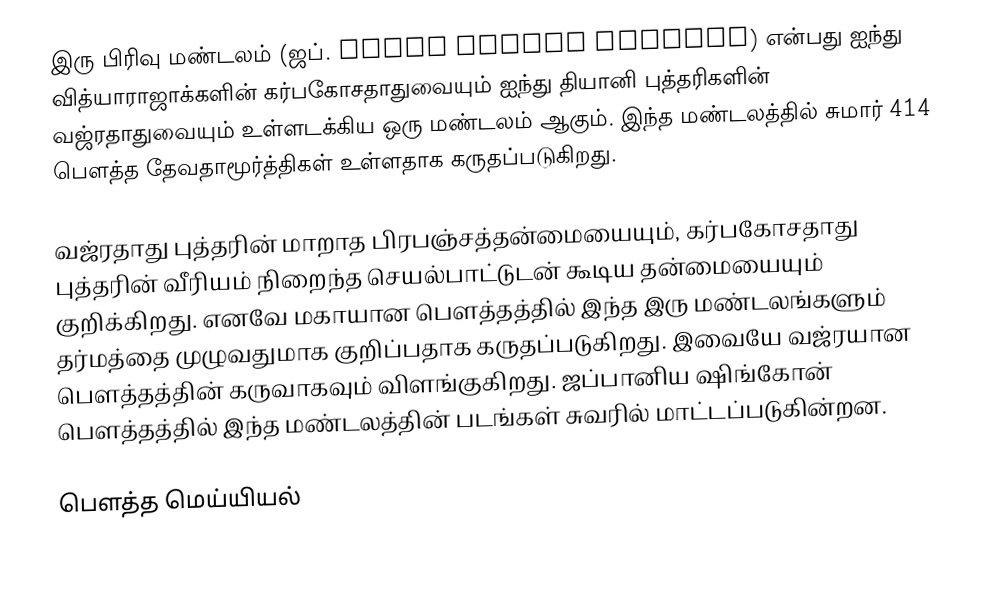
இரு பிரிவு மண்டலம் (ஜப். 両界曼荼羅 Ryōkai mandara) என்பது  ஐந்து வித்யாராஜாக்களின் கர்பகோசதாதுவையும் ஐந்து தியானி புத்தரிகளின் வஜ்ரதாதுவையும் உள்ளடக்கிய ஒரு மண்டலம் ஆகும். இந்த மண்டலத்தில் சுமார் 414 பௌத்த தேவதாமூர்த்திகள் உள்ளதாக கருதப்படுகிறது.

வஜ்ரதாது புத்தரின் மாறாத பிரபஞ்சத்தன்மையையும், கர்பகோசதாது புத்தரின் வீரியம் நிறைந்த செயல்பாட்டுடன் கூடிய தன்மையையும் குறிக்கிறது. எனவே மகாயான பௌத்தத்தில் இந்த இரு மண்டலங்களும் தர்மத்தை முழுவதுமாக குறிப்பதாக கருதப்படுகிறது. இவையே வஜ்ரயான பௌத்தத்தின் கருவாகவும் விளங்குகிறது. ஜப்பானிய ஷிங்கோன் பௌத்தத்தில் இந்த மண்டலத்தின் படங்கள் சுவரில் மாட்டப்படுகின்றன.

பௌத்த மெய்யியல்